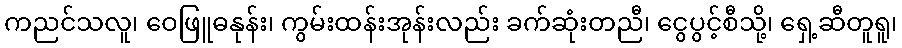
ကညင်သလူ၊ ဝေဖြူဓနုန်း၊ ကွမ်းထန်းအုန်းလည်း ခက်ဆုံးတညီ၊ ငွေပွင့်စီသို့၊ ရှေ့ဆီတူရူ၊